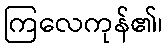
ကြလေကုန်၏၊